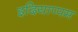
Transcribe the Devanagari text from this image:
इदियाप्पम